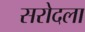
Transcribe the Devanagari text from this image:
सरोदला